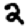
Digit: 2